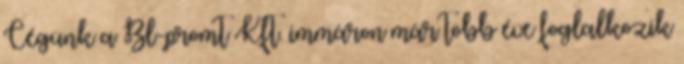
Cégünk a Bl-promt Kft. immáron már több éve foglalkozik